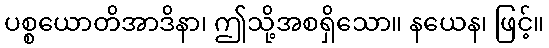
ပစ္စယောတိအာဒိနာ၊ ဤသို့အစရှိသော။ နယေန၊ ဖြင့်။